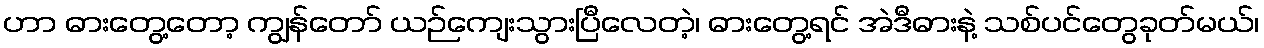
ဟာ ဓားတွေ့တော့ ကျွန်တော် ယဉ်ကျေးသွားပြီလေတဲ့၊ ဓားတွေ့ရင် အဲဒီဓားနဲ့ သစ်ပင်တွေခုတ်မယ်၊